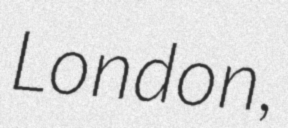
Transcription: London,